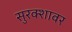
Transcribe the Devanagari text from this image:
सुरक्शावर